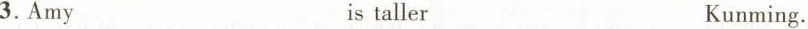
3.Amy is taller Kunming.